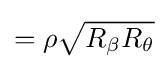
=\rho {\sqrt {R_{\beta }R_{\theta }}}